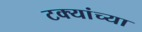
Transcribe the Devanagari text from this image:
टक्यांच्या